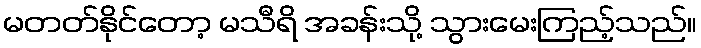
မတတ်နိုင်တော့ မသီရိ အခန်းသို့ သွားမေးကြည့်သည်။